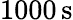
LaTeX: {1000}\, \mathrm{s}